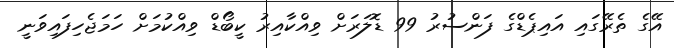
އޭގެ ތެރޭގައި އައިޕެޑްގެ ފަންސުރު 99 ޑޮލަރަށް ވިއްކާއިރު ކީބޯޑް ވިއްކުމަށް ހަމަޖެހިފައިވަނީ